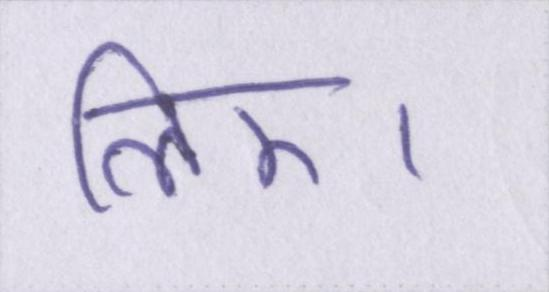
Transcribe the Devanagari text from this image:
लिए